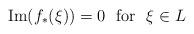
LaTeX: \begin{align*}{\rm Im}(f_{\ast}(\xi)) = 0 {\rm\ \ for\ \ } \xi\in L\end{align*}